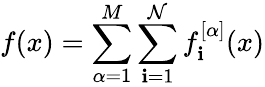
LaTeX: f(x)=\sum_{\alpha=1}^{M}\sum_{\mathbf{i}=1}^{\mathcal{N}}f_{\mathbf{i}}^{[\alpha]}(x)